Civil Veterinary Department Bihar reports 1936-40 - 1936-1940
Year: 1936
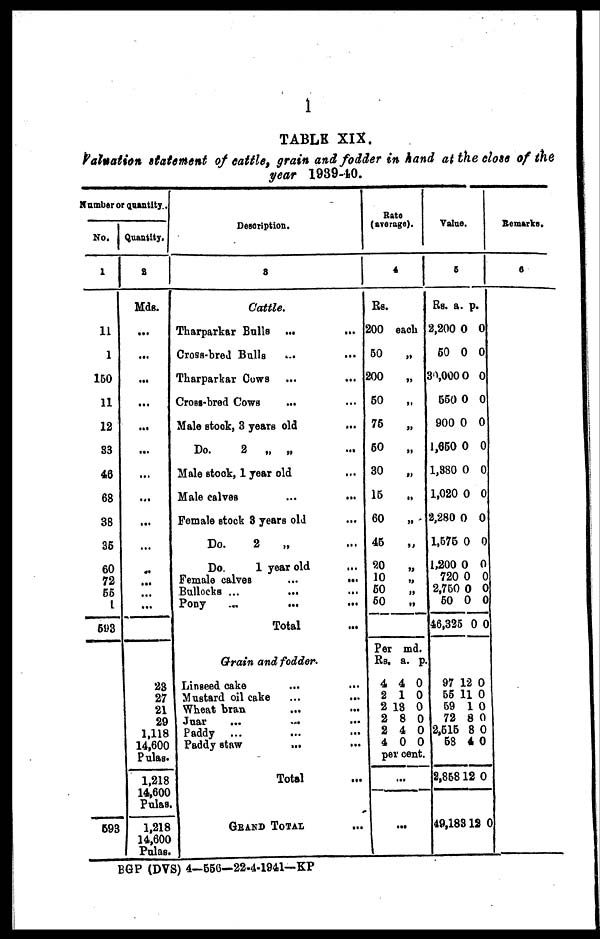
1
TABLE XIX.
Valuation statement of cattle, grain and fodder in hand at the close of the
year 1939-40.
Number or quantity..
No.
1
11
1
150
11
12
33
46
68
38
35
60
72
55
1
593
593
Quantity.
2
Mds.
...
...
...
...
...
...
...
...
...
...
...
...
...
...
23
27
21
29
1,118
14,600
Pulas.
1,218
14,600
Pulas.
1,218
14,600
Pulas.
Description.
3
Cattle.
Tharparkar Bulls ... ...
Cross-bred Bulla ... ...
Tharparkar Cowa ...
...
Cross-bred Cows ... ...
Male stock, 3 years old ...
Do.
2 „ „ ...
Male stock, 1 year old ...
Male calves ... ...
Female stock 3 years old ...
Do.
2 „ ...
Do.
1 year old ...
Female calves
...
...
Bullocks ... ... ...
Pony ... ... ...
Total ...
Grain and fodder.
Linseed cake ... ...
Mustard oil cake ... ...
Wheat bran ... ...
Juar
...
... ...
Paddy ... ... ...
Paddy staw ... ...
Total ...
GRAND TOTAL ...
Rate
(average).
4
Rs.
200 each
50
„
200
„
50 „
75
„
50
„
30
„
15 „
60
„
45
„
20
„
10
„
50
„
50 „
Per md.
Rs, a. p.
4 4 0
2 1 0
2 18 0
2 8 0
2 4 0
4 0 0
per cent.
...
...
Value.
5
Rs.
2,200
50
30,000
550
900
1,650
1,380
1,020
2,280
1,575
1,200
720
2,750
50
46,325
97
55
59
72
2,515
58
2,858
49,183
a.
0
0
0
0
0
0
0
0
0
0
0
0
0
0
0
12
11
1
8
8
4
12
12
p.
0
0
0
0
0
0
0
0
0
0
0
0
0
0
0
0
0
0
0
0
0
0
0
Remarks.
6
BGP (DVS) 4—556—22-4-1941—KP